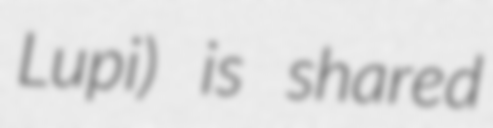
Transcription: Lupi) is shared